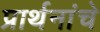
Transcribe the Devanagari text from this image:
प्रार्थनांचे